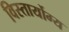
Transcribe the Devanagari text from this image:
विस्तार्योग्य